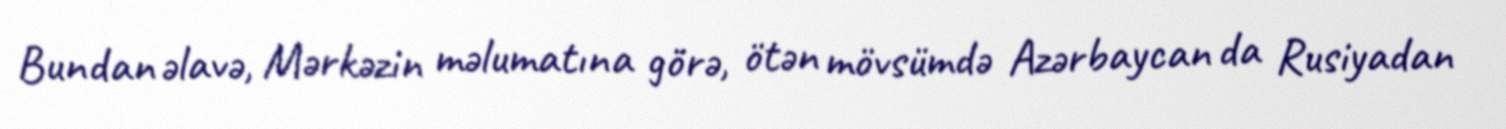
Bundan əlavə, Mərkəzin məlumatına görə, ötən mövsümdə Azərbaycan da Rusiyadan